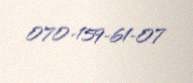
070-159-61-07